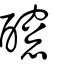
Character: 𨣼